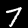
Digit: 7